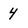
Character: 4